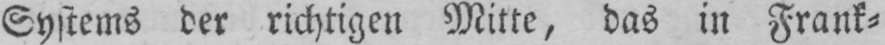
Systems der richtigen Mitte, das in Frank⸗